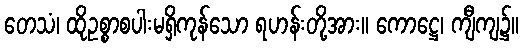
တေသံ၊ ထိုဥစ္စာစပါးမရှိကုန်သော ရဟန်းတို့အား။ ကောဋ္ဌေ၊ ကျီကျ၌။